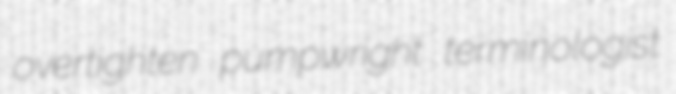
overtighten pumpwright terminologist